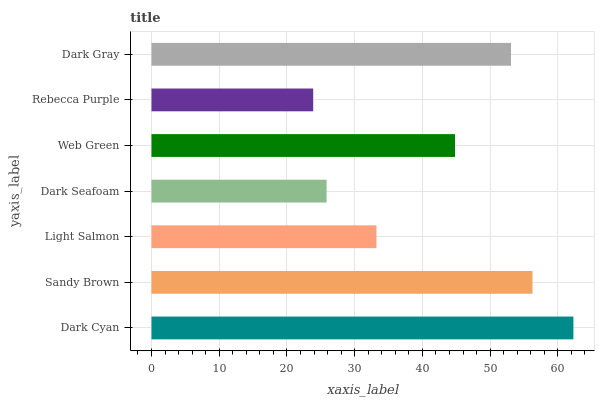
| yaxis_label | bars |
 | --- | --- |
 | Dark Cyan | 62.3 |
 | Sandy Brown | 56.3 |
 | Light Salmon | 33.2 |
 | Dark Seafoam | 25.9 |
 | Web Green | 44.8 |
 | Rebecca Purple | 23.9 |
 | Dark Gray | 53.1 |